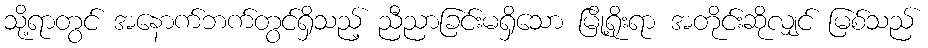
သို့ရာတွင် အနောက်ဘက်တွင်ရှိသည့် ညီညာခြင်းမရှိသော မြို့ရိုးရာ အတိုင်းဆိုလျှင် မြစ်သည်